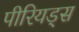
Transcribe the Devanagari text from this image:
पीरियड्स